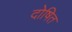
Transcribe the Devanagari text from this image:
दोषित